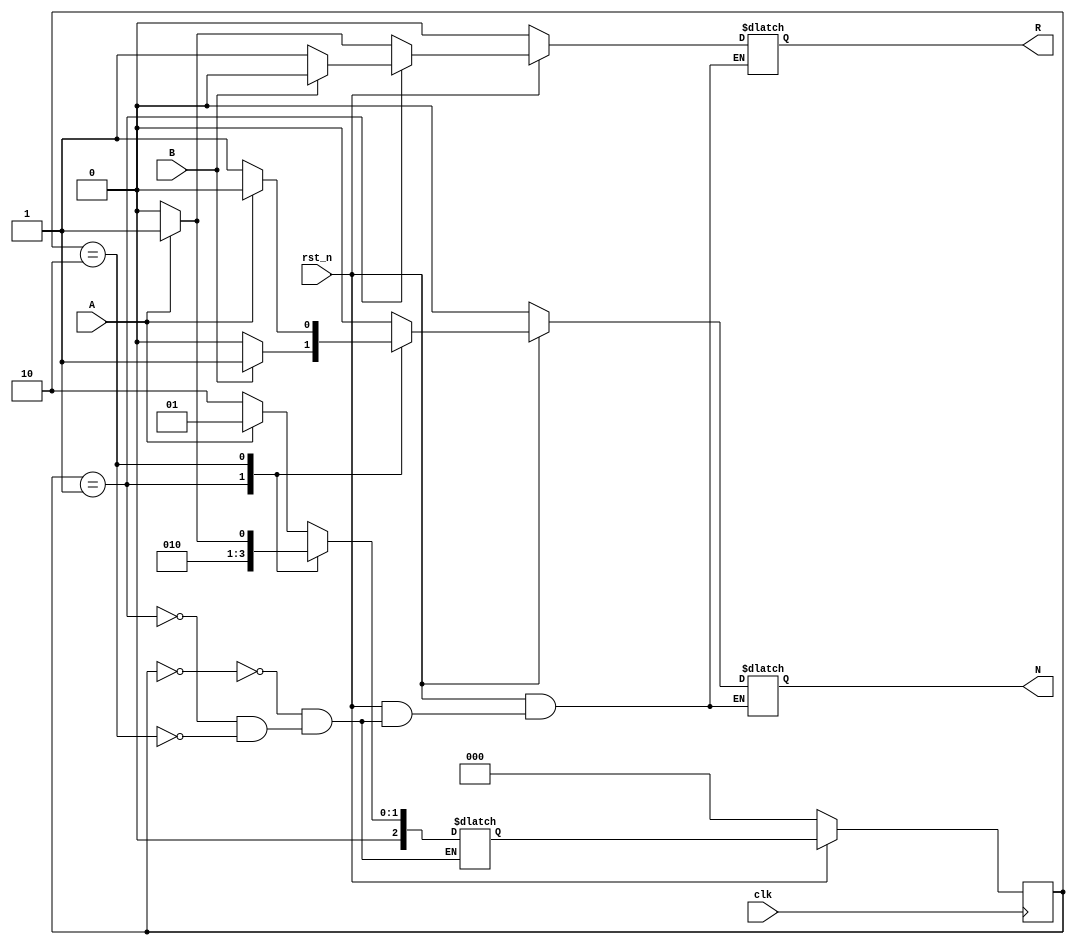
module amiFat (clk,rst_n,A,B,N,R);
input clk,rst_n,A,B;
output reg N,R;
parameter X = 2'b00, Y = 2'b01, Z = 2'b10;
reg [2:0] state,next_state;
always @ (posedge clk) begin  // always block for sync f/f
  if (!rst_n) 
    state <= X;
  else
    state <= next_state;
end //end always
always @(state or A or B) begin // always block for next_state logic
 case(state)
   X: begin
        if (A == 1'b0) 
            next_state = Z;
        else
            next_state = Y;
   end
   Y: begin
        if (B == 1'b0) 
            next_state = Y;
        else
            next_state = 1;
   end
   Z : begin 
        if (A == 1'b0) 
            next_state = X;
        else
            next_state = Y;
   end
  endcase
end // end always
always @ (*) begin  // always block for output logic
if (!rst_n) begin
  N = 1'b0;
  R = 1'b0;
end
else begin
  case(state)
    X: begin
        if (A == 1'b0) begin
            N = 1'b0;
	    R = 1'b0;
	end
        else begin
            N = 1'b0;
	    R = 1'b1;
	end
    end
   Y: begin
        if (B == 1'b0) begin
            N = 1'b0;
	    R = 1'b1;
	end
        else begin
            N = 1'b1;
	    R = 1'b0;
	end
    end
   Z: begin
        if (A == 1'b0) begin
            N = 1'b1;
	    R = 1'b0;
	end
        else begin
            N = 1'b0;
	    R = 1'b1;
	end
    end
  endcase
end // else end
end  // always end
endmodule